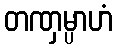
တဏှမ္ပာဟံ